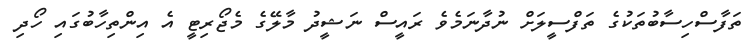
ތަފާސްހިސާބުތަކުގެ ތަފްސީލަށް ނުދާނަމެވެ ރައީސް ނަޝީދު މާލޭގެ މެޖޯރިޓީ އެ އިންތިހާބުގައި ހޯދި